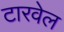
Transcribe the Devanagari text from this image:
टारवेल